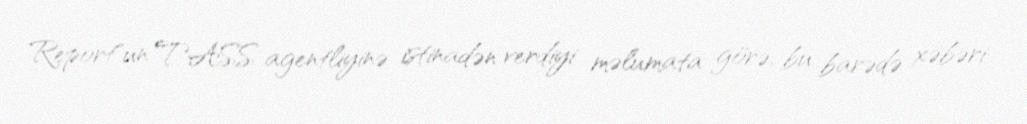
Report"un TASS agentliyinə istinadən verdiyi məlumata görə, bu barədə xəbəri